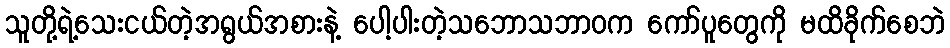
သူတို့ရဲ့သေးငယ်တဲ့အရွယ်အစားနဲ့ ပေါ့ပါးတဲ့သဘောသဘာဝက ကော်ပူတွေကို မထိခိုက်စေဘဲ